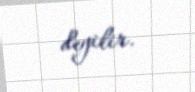
deyilir.